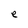
Character: e